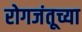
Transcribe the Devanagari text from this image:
रोगजंतूच्या